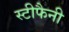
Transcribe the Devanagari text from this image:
स्टीफैनी